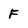
Character: F